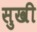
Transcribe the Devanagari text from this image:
सुखी